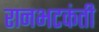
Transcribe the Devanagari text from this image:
रानभटकंती